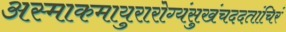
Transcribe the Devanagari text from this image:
अस्माकमायुरारोग्यंसुखंचददतांचिरं